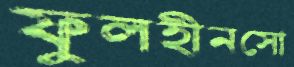
ফুলহীনসো